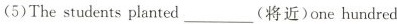
(5)The students planted___(将近)one hundred